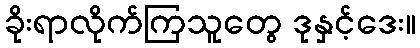
ခိုးရာလိုက်ကြသူတွေ ဒုနှင့်ဒေး။